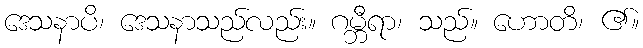
ဒေသနာပိ၊ ဒေသနာသည်လည်း။ ဂမ္ဘီရာ၊ သည်။ ဟောတိ၊ ၏။